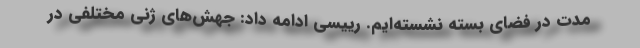
مدت در فضای بسته نشسته‌ایم. رییسی ادامه داد: جهش‌های ژنی مختلفی در